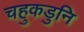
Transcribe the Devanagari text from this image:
चहुकडुनि